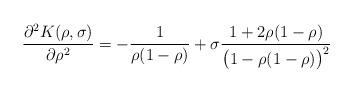
LaTeX: \begin{align*}\frac{\partial^2 K(\rho,\sigma)}{\partial\rho^2}=-\frac{1}{\rho(1-\rho)}+\sigma\frac{1+2\rho(1-\rho)}{\bigl(1-\rho(1-\rho)\bigr)^2}\end{align*}